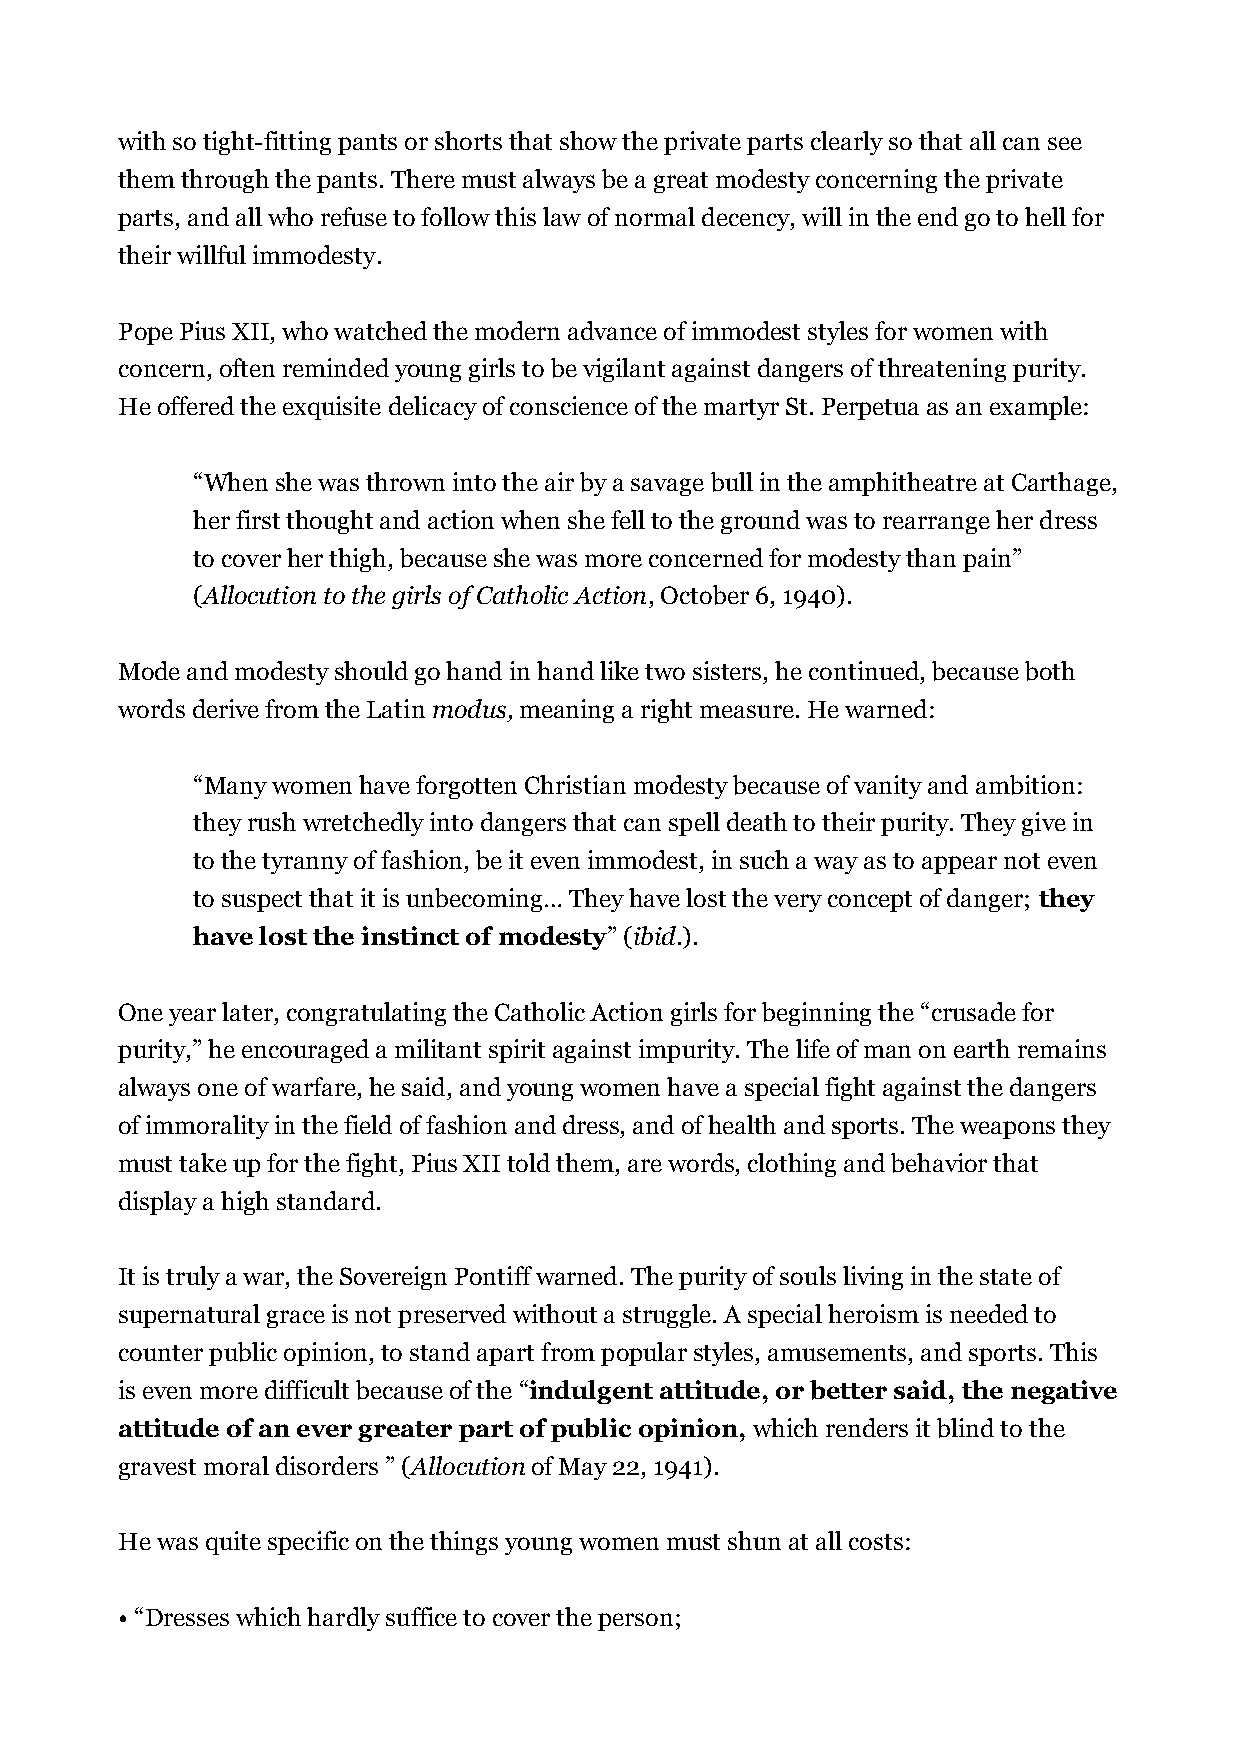
with so tight-fitting pants or shorts that show the private parts clearly so that all can see
 them through the pants. There must always be a great modesty concerning the private
 parts, and all who refuse to follow this law of normal decency, will in the end go to hell for
 their willful immodesty.
 Pope Pius XII, who watched the modern advance of immodest styles for women with
 concern, often reminded young girls to be vigilant against dangers of threatening purity.
 He offered the exquisite delicacy of conscience of the martyr St. Perpetua as an example:
 “When she was thrown into the air by a savage bull in the amphitheatre at Carthage,
 her first thought and action when she fell to the ground was to rearrange her dress
 to cover her thigh, because she was more concerned for modesty than pain”
 (Allocution to the girls of Catholic Action, October 6, 1940).
 Mode and modesty should go hand in hand like two sisters, he continued, because both
 words derive from the Latin modus, meaning a right measure. He warned:
 “Many women have forgotten Christian modesty because of vanity and ambition:
 they rush wretchedly into dangers that can spell death to their purity. They give in
 to the tyranny of fashion, be it even immodest, in such a way as to appear not even
 to suspect that it is unbecoming… They have lost the very concept of danger; they
 have lost the instinct of modesty” (ibid.).
 One year later, congratulating the Catholic Action girls for beginning the “crusade for
 purity,” he encouraged a militant spirit against impurity. The life of man on earth remains
 always one of warfare, he said, and young women have a special fight against the dangers
 of immorality in the field of fashion and dress, and of health and sports. The weapons they
 must take up for the fight, Pius XII told them, are words, clothing and behavior that
 display a high standard.
 It is truly a war, the Sovereign Pontiff warned. The purity of souls living in the state of
 supernatural grace is not preserved without a struggle. A special heroism is needed to
 counter public opinion, to stand apart from popular styles, amusements, and sports. This
 is even more difficult because of the “indulgent attitude, or better said, the negative
 attitude of an ever greater part of public opinion, which renders it blind to the
 gravest moral disorders ” (Allocution of May 22, 1941).
 He was quite specific on the things young women must shun at all costs:
 • “Dresses which hardly suffice to cover the person;